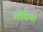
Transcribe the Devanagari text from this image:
लचिया